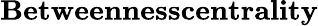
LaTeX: \textbf{Betweennesscentrality}